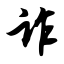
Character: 诈